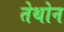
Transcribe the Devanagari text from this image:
तेथोन